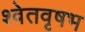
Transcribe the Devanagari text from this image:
श्वेतवृषभ